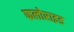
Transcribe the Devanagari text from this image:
फलोराइड